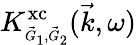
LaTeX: K_{\scriptscriptstyle\vec{G}_{1},\vec{G}_{2}}^{\mathrm{xc}}(\vec{k},\omega)